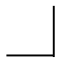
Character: ㇘